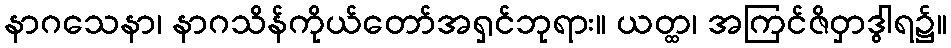
နာဂသေနာ၊ နာဂသိန်ကိုယ်တော်အရှင်ဘုရား။ ယတ္ထ၊ အကြင်ဇိဝှာဒွါရ၌။